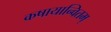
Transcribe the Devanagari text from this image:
कषायान्वितम्